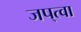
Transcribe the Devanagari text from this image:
जप्‌त्वा